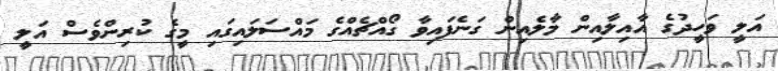
އަލީ ވަހީދުގެ އާއިލާއިން މާލެއިން ގަނެފައިވާ ގޯއްޗެއްގެ މައްސަލައިގައި މީގެ ކުރިންވެސް އަލީ